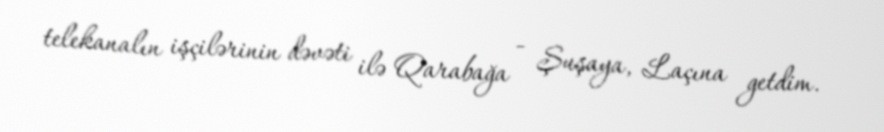
telekanalın işçilərinin dəvəti ilə Qarabağa - Şuşaya, Laçına getdim.